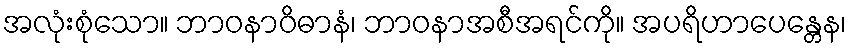
အလုံးစုံသော။ ဘာဝနာဝိဓာနံ၊ ဘာဝနာအစီအရင်ကို။ အပရိဟာပေန္တေန၊